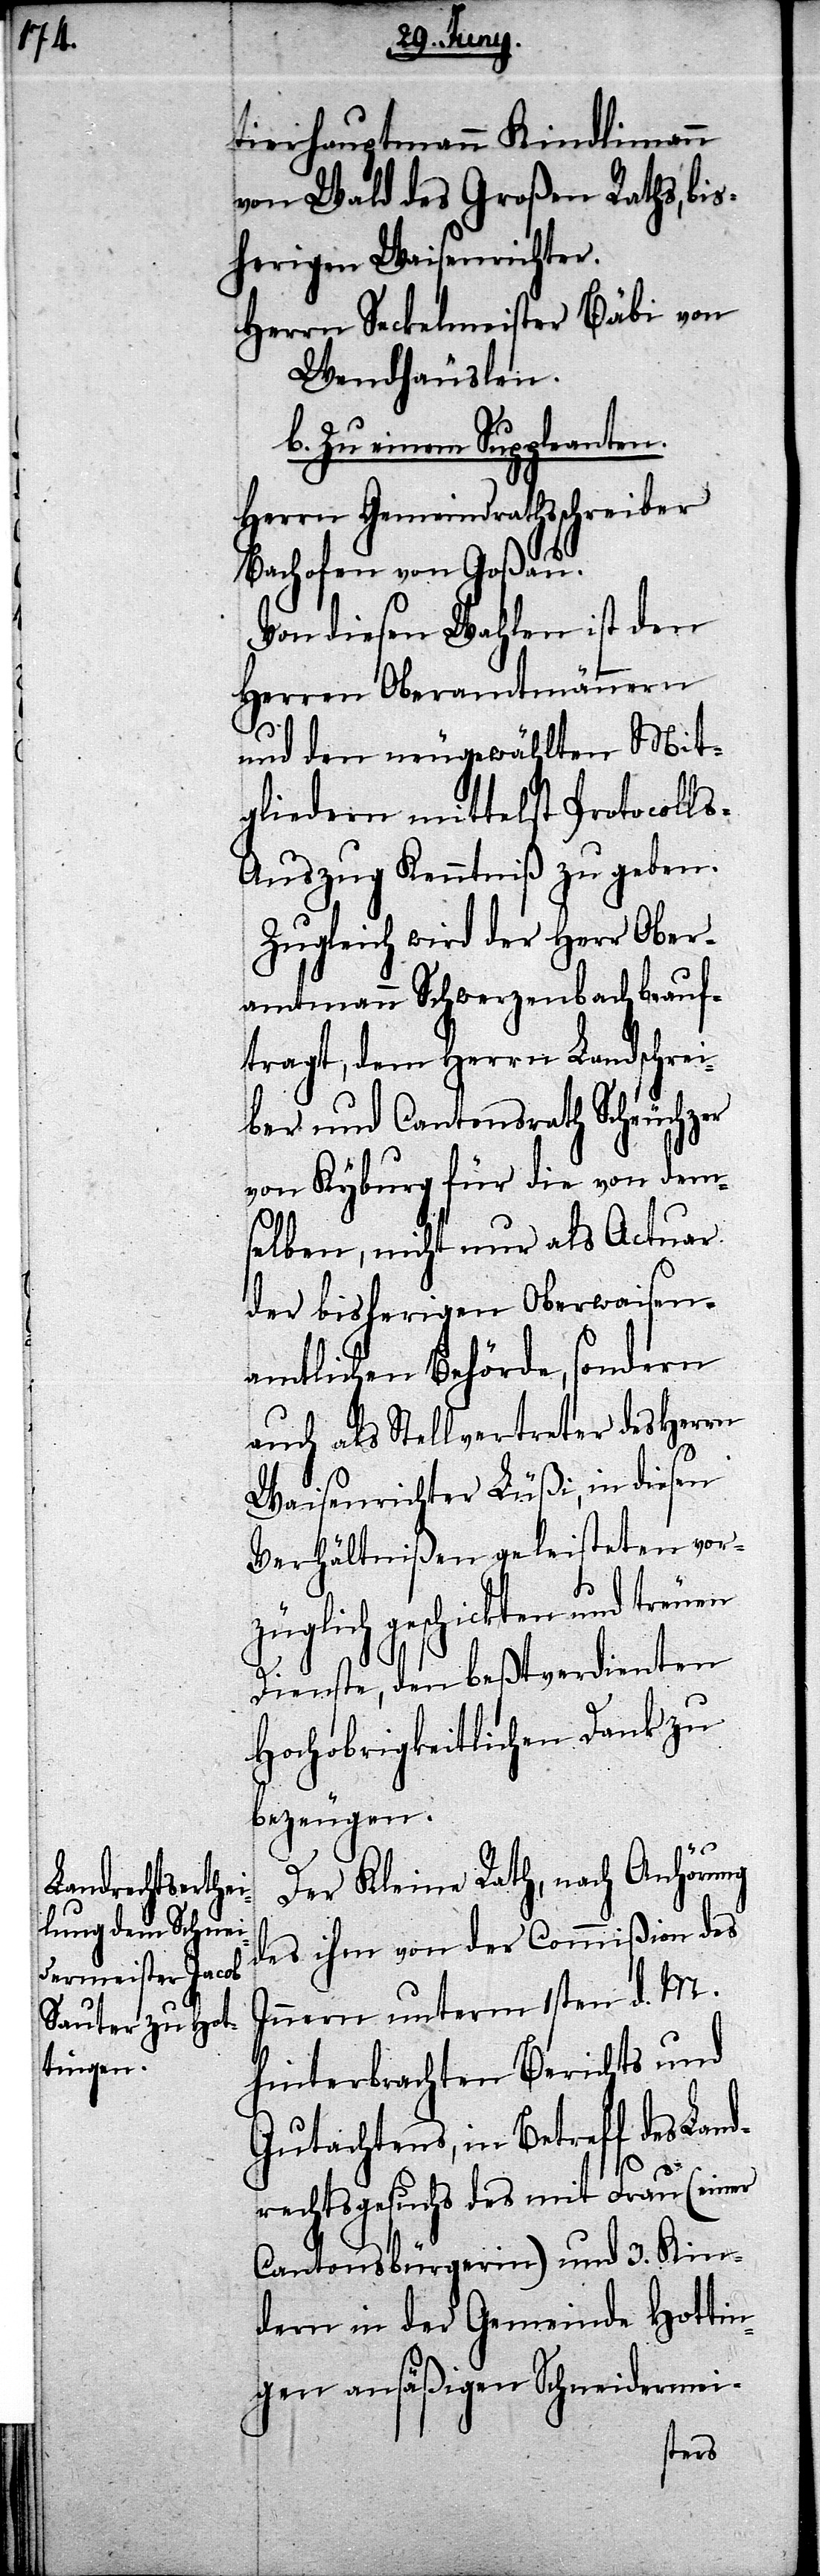
tierhauptmann Kindlimann
von Wald des Großen Raths, bis¬
herigen Waisenrichter.
Herrn Seckelmeister Bäbi von
Wandhäuslein.
b. Zu einem Suppleanten.
Herrn Gemeindrathsschreiber
Bachofen von Goßau.
Von diesen Wahlen ist den
Herren Oberamtmännern
und den neugewählten Mit¬
gliedern mittelst Protocoll¬
s-Auszug Kenntniß zu geben.
Zugleich wird der Herr Ober¬
amtmann Schwerzenbach beauf¬
tragt, dem Herrn Landschrei¬
ber und Cantonsrath Scheuchzer
von Kyburg für die von dem¬
selben, nicht nur als Actuar
der bisherigen Oberwaisen¬
amtlichen Behörde, sondern
auch als Stellvertreter des Herrn
Waisenrichter Füßi, in diesen
Verhältnißen geleisteten vor¬
züglich geschickten
Dienste, den beßtverdienten
Hochobrigkeitlichen Dank zu
bezeugen.
Der Kleine Rath, nach Anhörung
des ihm von der Commißion des
Innern unterm 1sten d. M.
hinterbrachten Berichts und
Gutachtens, in Betreff des Land¬
rechtsgesuchs des mit Frau (einer
Cantonsbürgerin) und 3. Kin¬
dern in der Gemeinde Hottin¬
gen ansäßigen Schneidermei-